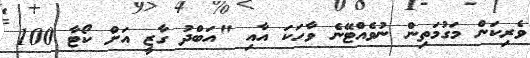
ވެރިކަން މަގުމަތިން ނުވެއްޓޭނެ ވާހަކަ އާއި "އަބްދު ގާޒީ އަށް ކޯޓާ 100